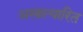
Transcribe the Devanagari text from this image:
अखात्यारित